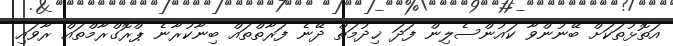
އަތޮޅުތަކަށް ބޭނުންވާ ކައުންސެލިން ފަދަ ޚިދުމަތް ދޭނެ ފަރާތްތައް ބިނާކުރާނެ ޕްރޮގްރާމްތައް ރާވައި